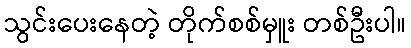
သွင်းပေးနေတဲ့ တိုက်စစ်မှူး တစ်ဦးပါ။